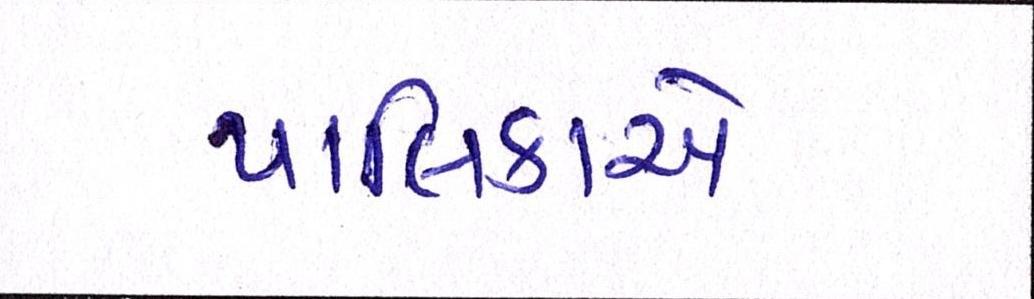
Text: પાલિકાએ